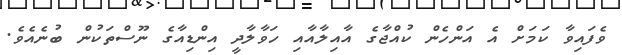
ވެފައިވާ ކަމަށް އެ އަންހެން ކުއްޖާގެ އާއިލާއާއި ހަވާލާދީ އިންޑިއާގެ ނޫސްތަކުން ބުނެއެވެ.